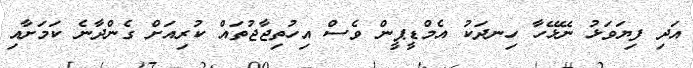
އަދި ފިޔަވަޅު ނޭޅޭހާ ހިނދަކު އެމްޑީޕީން ވެސް އިހުތިޖާޖުތައް ކުރިއަށް ގެންދާނެ ކަމަށާއި